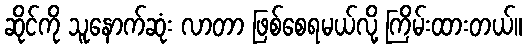
ဆိုင်ကို သူနောက်ဆုံး လာတာ ဖြစ်စေရမယ်လို့ ကြိမ်းထားတယ်။